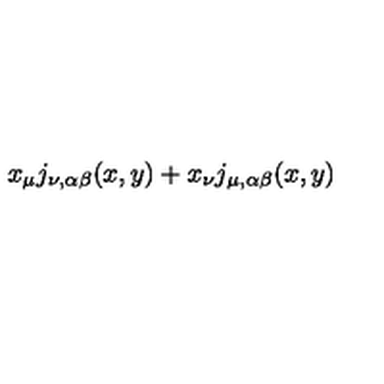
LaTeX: x _ { \mu } j _ { \nu , \alpha \beta } ( x , y ) + x _ { \nu } j _ { \mu , \alpha \beta } ( x , y )